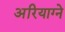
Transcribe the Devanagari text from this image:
अरियाग्ने